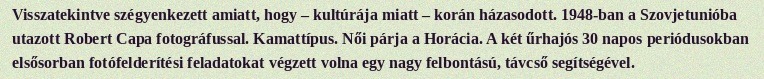
Visszatekintve szégyenkezett amiatt, hogy – kultúrája miatt – korán házasodott. 1948-ban a Szovjetunióba utazott Robert Capa fotográfussal. Kamattípus. Női párja a Horácia. A két űrhajós 30 napos periódusokban elsősorban fotófelderítési feladatokat végzett volna egy nagy felbontású, távcső segítségével.